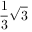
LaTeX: { \frac { 1 } { 3 } } { \sqrt { 3 } }